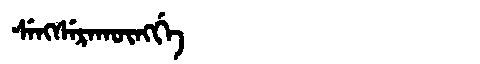
Manchu: ᠰᡝᠩᠰᡝᡵᠠᡴᡡᠩᡤᡝ
Romanization: SENGSERAKŪNGGE